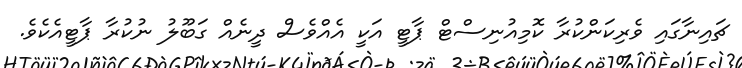
ޗައިނާގައި ވެރިކަންކުރާ ކޮމިއުނިސްޓް ޕާޓީ އަކީ އެއްވެސް ދީނެއް ގަބޫލު ނުކުރާ ޕާޓީއެކެވެ.